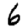
Digit: 6